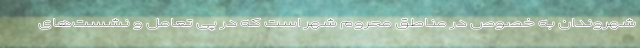
شهروندان به خصوص در مناطق محروم شهر است که در پی تعامل و نشست‌های